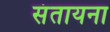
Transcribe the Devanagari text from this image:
संतायना